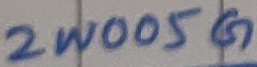
Text: 2W005G